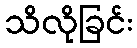
သိလိုခြင်း